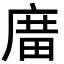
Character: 𢉱